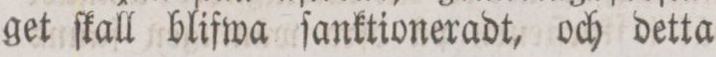
get ſkall blifwa ſanktioneradt, och detta